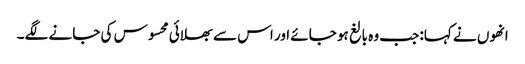
انھوں نے کہا: جب وہ بالغ ہو جائے اور اس سے بھلائی محسوس کی جانے لگے۔